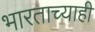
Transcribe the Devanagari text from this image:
भारताच्याही